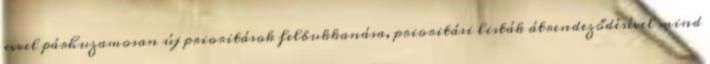
evvel párhuzamosan új prioritások felbukkanása, prioritási listák átrendeződésével mind